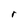
Character: d